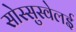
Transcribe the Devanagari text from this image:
सोस्सुस्वेलई